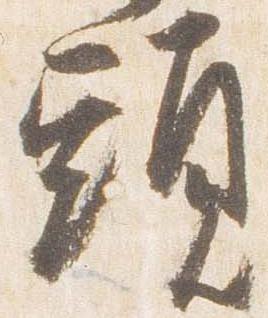
頭